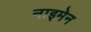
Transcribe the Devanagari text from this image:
नाइमेन